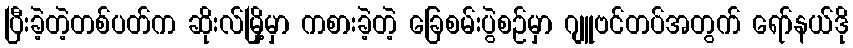
ပြီးခဲ့တဲ့တစ်ပတ်က ဆိုးလ်မြို့မှာ ကစားခဲ့တဲ့ ခြေစမ်းပွဲစဉ်မှာ ဂျူဗင်တပ်အတွက် ရော်နယ်ဒို